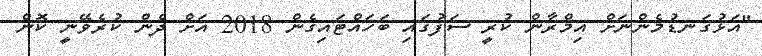
"އަޅުގަނޑުމެންނަށް އިމްރާން ކުރީ ސަފުގައި ބަހައްޓައިގެން 2018 އަށް ދެން ކުރެވޭނީ ކޮން